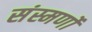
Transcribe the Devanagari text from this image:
संस्मर्णो